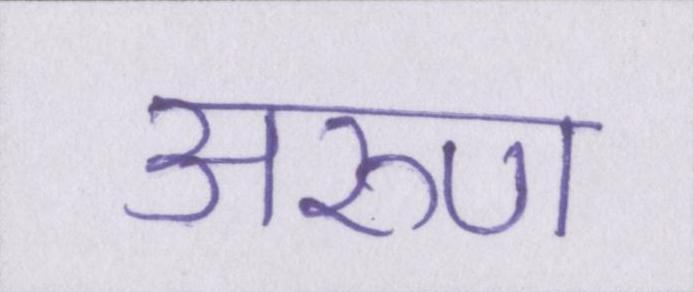
अरुण